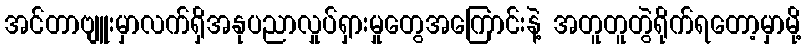
အင်တာဗျူးမှာလက်ရှိအနုပညာလှုပ်ရှားမှုတွေအကြောင်းနဲ့ အတူတူတွဲရိုက်ရတော့မှာမို့